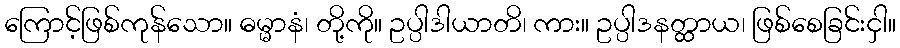
ကြောင့်ဖြစ်ကုန်သော။ ဓမ္မာနံ၊ တို့ကို။ ဥပ္ပါဒါယာတိ၊ ကား။ ဥပ္ပါဒနတ္ထာယ၊ ဖြစ်စေခြင်းငှါ။